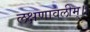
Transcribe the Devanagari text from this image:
लक्षणावलीम्।।